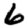
Digit: 6